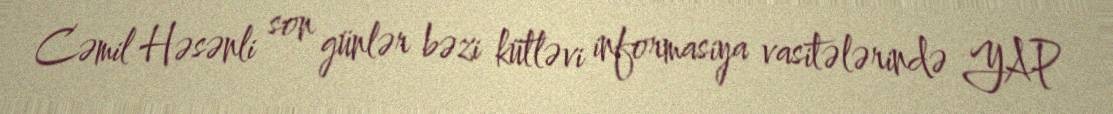
Cəmil Həsənli son günlər bəzi kütləvi informasiya vasitələrində YAP